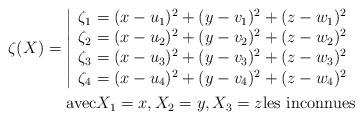
LaTeX: \begin{align*}\zeta(X)=\left|\begin{array}{l}\zeta_1=(x-u_1)^2+(y-v_1)^2+(z-w_1)^2 \\\zeta_2=(x-u_2)^2+(y-v_2)^2+(z-w_2)^2 \\\zeta_3=(x-u_3)^2+(y-v_3)^2+(z-w_3)^2 \\\zeta_4=(x-u_4)^2+(y-v_4)^2+(z-w_4)^2 \end{array}\right. \\\mbox{avec} X_1=x,X_2=y,X_3=z \mbox{les inconnues} \end{align*}